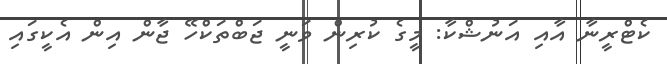
ކެޓްރީނާ އާއި އަނުޝްކާ: މީގެ ކުރިން ވަނީ ޖަބްތަކްހޭ ޖާން އިން އެކީގައި